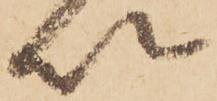
以